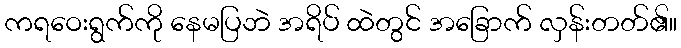
ကရဝေးရွက်ကို နေမပြဘဲ အရိပ် ထဲတွင် အခြောက် လှန်းတတ်၏။